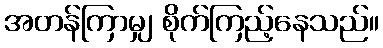
အတန်ကြာမျှ စိုက်ကြည့်နေသည်။